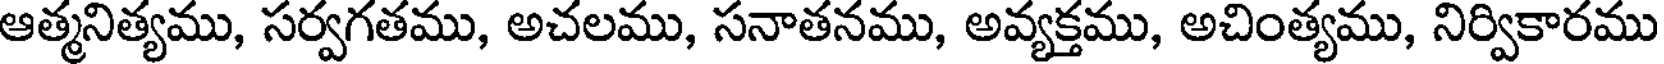
ఆత్మనిత్యము, సర్వగతము, అచలము, సనాతనము, అవ్యక్తము, అచింత్యము, నిర్వికారము